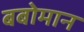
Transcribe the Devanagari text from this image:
बबोमान